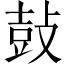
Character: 鼔